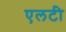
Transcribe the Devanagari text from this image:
एलटी